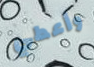
وأعطي